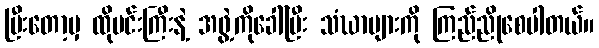
ပြီးတော့မှ ထိုမင်းကြီးနဲ့ အဖွဲ့ကိုခေါ်ပြီး သံဃာများကို ကြည်ညိုစေပါတယ်။